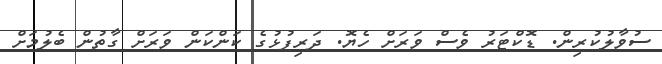
ސުވާލުކުރިން. ޑޮކްޓަރު ވެސް ވަރަށް ހެޔޮ. ދަރިފުޅުގެ ކަންކަން ވަރަށް ގާތުން ބެލުމަށް